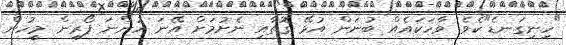
"ހިނިގަނޑެ"ކެވެ. ވާހަކައެއް ބުނަން އުޅޭ ގޮތާއި ނެށުމަށް އޭނަ ހުންނަ ފޯރިން މީހުން